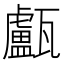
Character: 𤮧